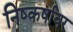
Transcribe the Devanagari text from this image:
निष्कर्षावर